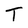
Character: T